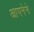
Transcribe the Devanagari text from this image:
आपनेने